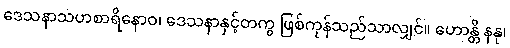
ဒေသနာသဟစာရိနောဝ၊ ဒေသနာနှင့်တကွ ဖြစ်ကုန်သည်သာလျှင်။ ဟောန္တိ နနု၊